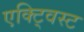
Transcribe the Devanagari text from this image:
एक्ट्विस्ट